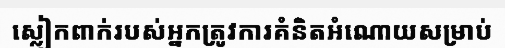
ស្លៀកពាក់របស់អ្នកត្រូវការគំនិតអំណោយសម្រាប់